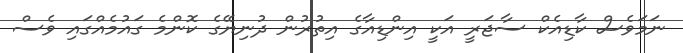
ނަމަވެސް ކާޑިއެކް ސާޖަރީ އަކީ އިންޑިއާގެ އިތުރުން ދުނިޔޭގެ ކޮންމެ ގައުމެއްގައި ވެސް